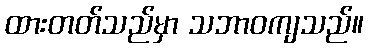
ထားတတ်သည်မှာ သဘာဝကျသည်။